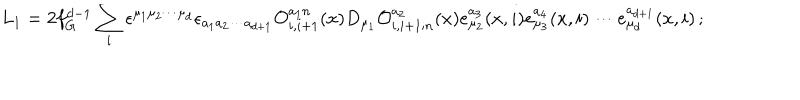
L _ { 1 } = 2 f _ { G } ^ { d - 1 } \sum _ { i } \epsilon ^ { \mu _ { 1 } \mu _ { 2 } \cdots \mu _ { d } } \epsilon _ { a _ { 1 } a _ { 2 } \cdots a _ { d + 1 } } { \cal O } _ { i , i + 1 } ^ { a _ { 1 } n } ( x ) D _ { \mu _ { 1 } } { \cal O } _ { i , i + 1 ; n } ^ { a _ { 2 } } ( x ) e _ { \mu _ { 2 } } ^ { a _ { 3 } } ( x , i ) e _ { \mu _ { 3 } } ^ { a _ { 4 } } ( x , i ) \cdots e _ { \mu _ { d } } ^ { a _ { d + 1 } } ( x , i ) \, ;